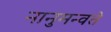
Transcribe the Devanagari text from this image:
नानुमन्वते